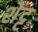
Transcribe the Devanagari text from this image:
शेट्ट